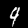
Label: 9